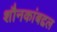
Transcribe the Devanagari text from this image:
शौनकांबद्दल